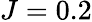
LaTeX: J=0.2